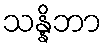
သန္နိဘာ